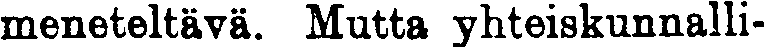
meneteltävä. Mutta yhteiskunnalli-